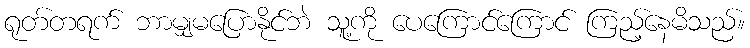
ရုတ်တရက် ဘာမျှမပြောနိုင်ဘဲ သူ့ကို ပေကြောင်ကြောင် ကြည့်နေမိသည်။